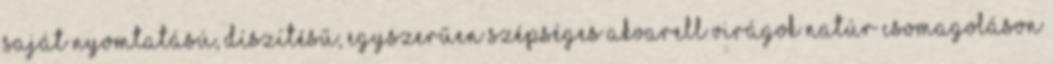
saját nyomtatású, díszítésű, egyszerűen szépséges Akvarell virágok natúr csomagoláson